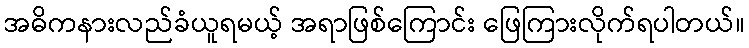
အဓိကနားလည်ခံယူရမယ့် အရာဖြစ်ကြောင်း ဖြေကြားလိုက်ရပါတယ်။